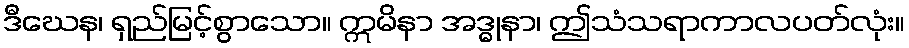
ဒီဃေန၊ ရှည်မြင့်စွာသော။ ဣမိနာ အဒ္ဓုနာ၊ ဤသံသရာကာလပတ်လုံး။